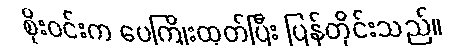
စိုးဝင်းက ပေကြိုးထုတ်ပြီး ပြန်တိုင်းသည်။